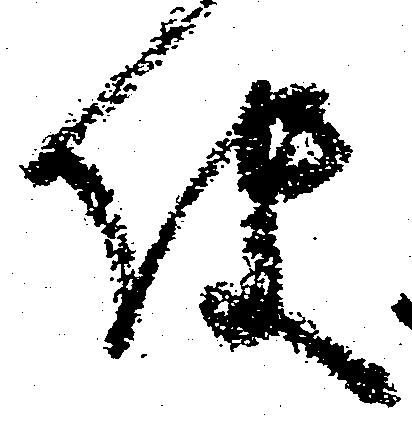
使